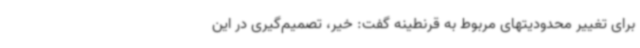
برای تغییر محدودیتهای مربوط به قرنطینه گفت: خیر، تصمیم‌گیری در این